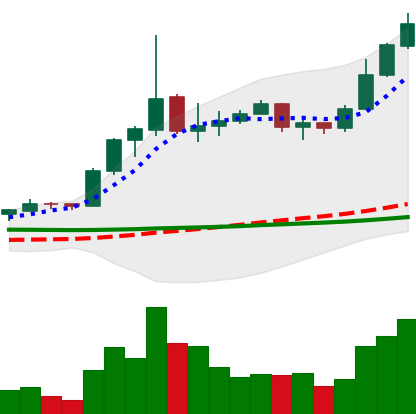
Ticker: ETC-USD
Chart end date: 2020-01-29
Forward return: -4.28%
Label: down_3_5